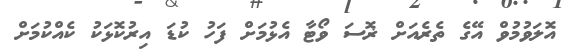
އޮލަވުމުވް އޭގެ ތެރެއަށް ޜޮސަ ވޯޓާ އެޅުމަށް ފަހު ކުޑަ އިރުކޮޅަކު ކެއްކުމަށް